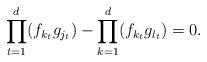
LaTeX: \begin{align*}\prod_{t=1}^d( f_{k_t} g_{j_t}) - \prod_{k=1}^d (f_{k_t} g_{l_t} )=0.\end{align*}